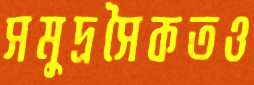
সমুদ্রসৈকতও